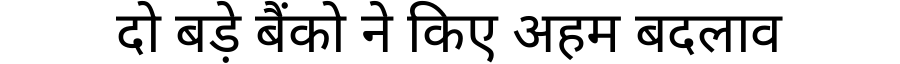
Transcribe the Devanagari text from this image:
दो बड़े बैंको ने किए अहम बदलाव